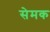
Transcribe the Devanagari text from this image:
सेमक